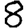
Digit: 8